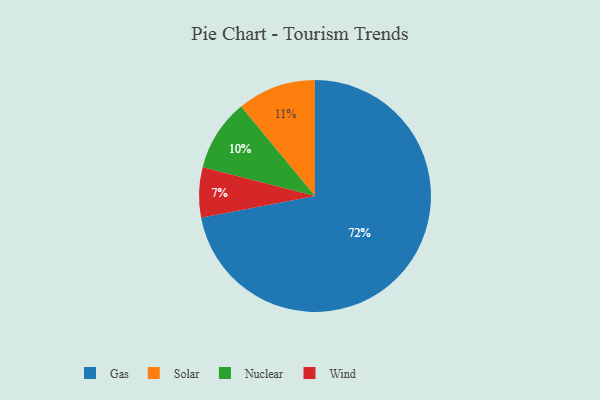
{"axis": {"x": "Category", "y": "Percentage"}, "legend": ["Gas", "Nuclear", "Solar", "Wind"], "data": [{"x": "Gas", "y": 72, "type": "Gas"}, {"x": "Nuclear", "y": 10, "type": "Nuclear"}, {"x": "Solar", "y": 11, "type": "Solar"}, {"x": "Wind", "y": 7, "type": "Wind"}]}